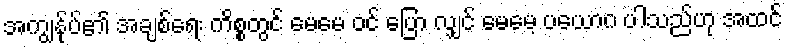
အကျွန်ုပ်၏ အချစ်ရေး ကိစ္စတွင် မေမေ ဝင် ပြော လျှင် မေမေ့ ပယောဂ ပါသည်ဟု အထင်